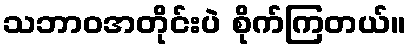
သဘာဝအတိုင်းပဲ စိုက်ကြတယ်။